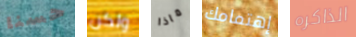
حسنا ولكن ماذا إهتمامك الذاكره